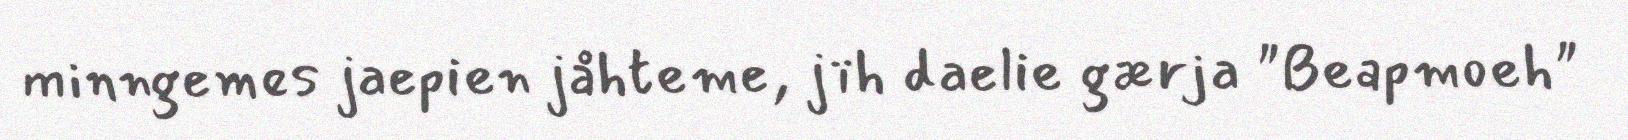
minngemes jaepien jåhteme, jïh daelie gærja "Beapmoeh"